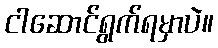
ငါဆောင်ရွက်ရမှာပဲ။